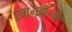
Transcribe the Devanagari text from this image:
एम॰जी॰के॰